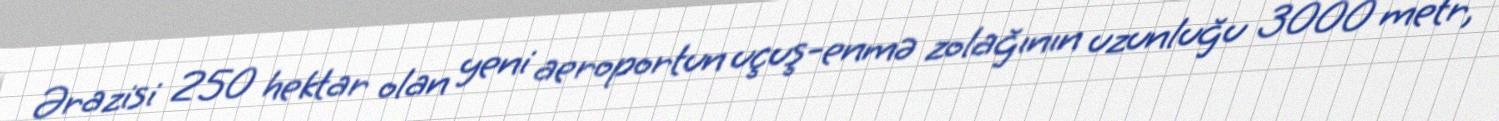
Ərazisi 250 hektar olan yeni aeroportun uçuş-enmə zolağının uzunluğu 3000 metr,